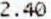
2.40